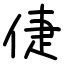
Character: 倢